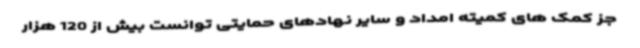
جز کمک های کمیته امداد و سایر نهادهای حمایتی توانست بیش از 120 هزار